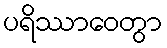
ပရိဿာဝေတွာ